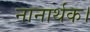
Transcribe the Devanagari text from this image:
नानार्थक।